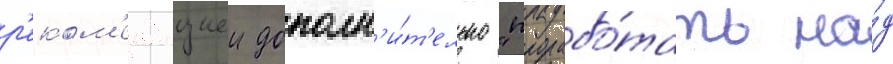
р'еком'ендациеи дополн'и́т'ельно "прорабо́тать на́д